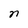
Character: n